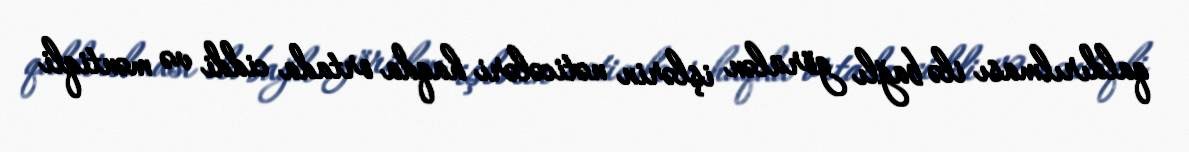
qaldırılması ilə bağlı görülən işlərin nəticələri haqda ortada ciddi və məntiqli